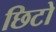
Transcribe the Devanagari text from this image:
छिटो